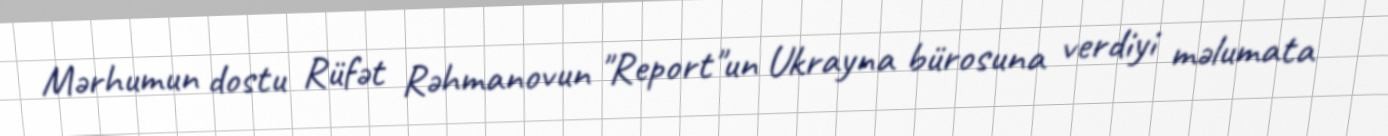
Mərhumun dostu Rüfət Rəhmanovun "Report"un Ukrayna bürosuna verdiyi məlumata